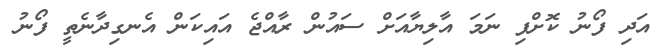
އަދި ފޯނު ކޮށްފި ނަމަ އާލިޔާއަށް ސައުން ރާއްޖެ އައިކަން އެނގިދާނެތީ ފޯނު